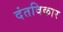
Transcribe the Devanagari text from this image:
दंतविकार